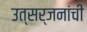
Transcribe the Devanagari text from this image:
उत्सर्जनांची